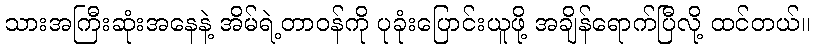
သားအကြီးဆုံးအနေနဲ့ အိမ်ရဲ့တာဝန်ကို ပုခုံးပြောင်းယူဖို့ အချိန်ရောက်ပြီလို့ ထင်တယ်။